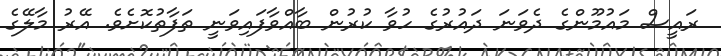
ރައީސް މައުމޫންގެ ދެވަނަ ދައުރުގެ ހުވާ ކުރުން ބާއްވާފައިވަނީ ތަފާތުކޮށެވެ. އޭރު މާލޭގެ